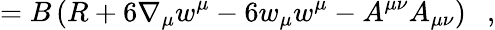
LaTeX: =B\left(R+6\nabla_{\mu}w^{\mu}-6w_{\mu}w^{\mu}-A^{\mu\nu}A_{\mu\nu}\right)~~~,